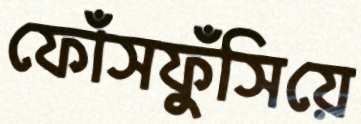
ফোঁসফুঁসিয়ে